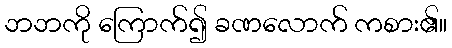
ဘဘကို ကြောက်၍ ခဏလောက် ကစား၏။